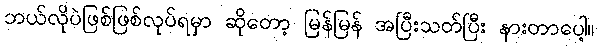
ဘယ်လိုပဲဖြစ်ဖြစ်လုပ်ရမှာ ဆိုတော့ မြန်မြန် အပြီးသတ်ပြီး နားတာပေါ့။